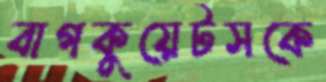
বাগকুয়েটসকে